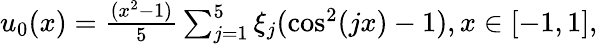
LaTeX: \begin{array}{r}{u_{0}(x)=\frac{(x^{2}-1)}{5}\sum_{j=1}^{5}\xi_{j}(\cos^{2}(jx)-1),x\in[-1,1],}\end{array}